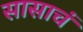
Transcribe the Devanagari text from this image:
सासाचं